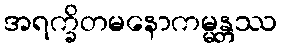
အရက္ခိတမနောကမ္မန္တဿ